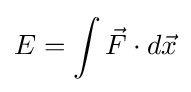
E=\int {\vec {F}}\cdot d{\vec {x}}